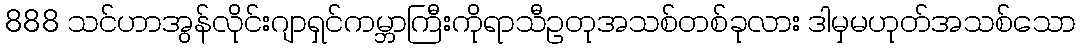
888 သင်ဟာအွန်လိုင်းဂျာရှင်ကမ္ဘာကြီးကိုရာသီဥတုအသစ်တစ်ခုလား ဒါမှမဟုတ်အသစ်သော